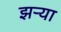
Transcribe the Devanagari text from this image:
झऱ्या